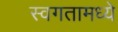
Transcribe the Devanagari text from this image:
स्वगतामध्ये